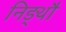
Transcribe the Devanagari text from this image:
निङ्थौ